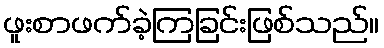
ဖူးစာဖက်ခဲ့ကြခြင်းဖြစ်သည်။